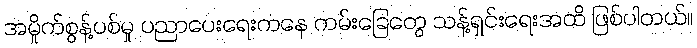
အမှိုက်စွန့်ပစ်မှု ပညာပေးရေးကနေ ကမ်းခြေတွေ သန့်ရှင်းရေးအထိ ဖြစ်ပါတယ်။